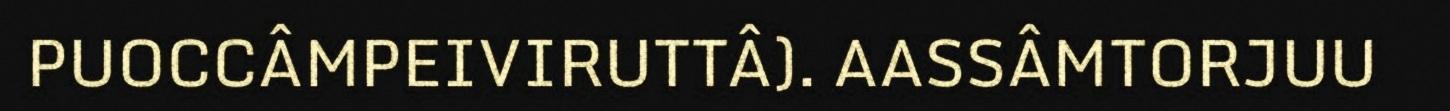
PUOCCÂMPEIVIRUTTÂ). AASSÂMTORJUU